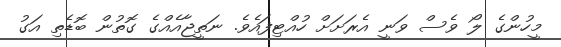
މީހުންގެ ލޯ ވެސް ވަނީ އެރަށަށް ހުއްޓިފައެވެ. ނަތީޖާއެއްގެ ގޮތުން ބޮޑެތި އަގު